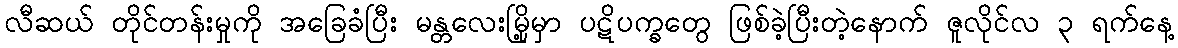
လီဆယ် တိုင်တန်းမှုကို အခြေခံပြီး မန္တလေးမြို့မှာ ပဋိပက္ခတွေ ဖြစ်ခဲ့ပြီးတဲ့နောက် ဇူလိုင်လ ၃ ရက်နေ့